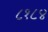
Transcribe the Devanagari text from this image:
८१८४